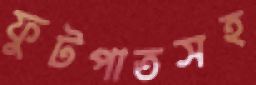
ফুটপাতসহ